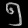
Digit: ၅